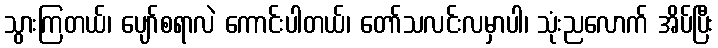
သွားကြတယ်၊ ပျော်စရာလဲ ကောင်းပါတယ်၊ တော်သလင်းလမှာပါ၊ သုံးညလောက် အိပ်ပြီး